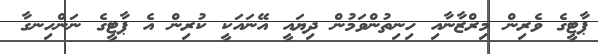
ޕާޓީގެ ވެރިން މިރްޒާނާއި ހިނިތުންވަމުން ދިޔައީ އޭނައަކީ ކުރިން އެ ޕާޓީގެ ނަންހިނގާ